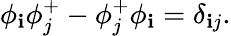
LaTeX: \phi_{\mathbf{i}}\phi_{j}^{+}-\phi_{j}^{+}\phi_{\mathbf{i}}=\delta_{\mathbf{i}j}.